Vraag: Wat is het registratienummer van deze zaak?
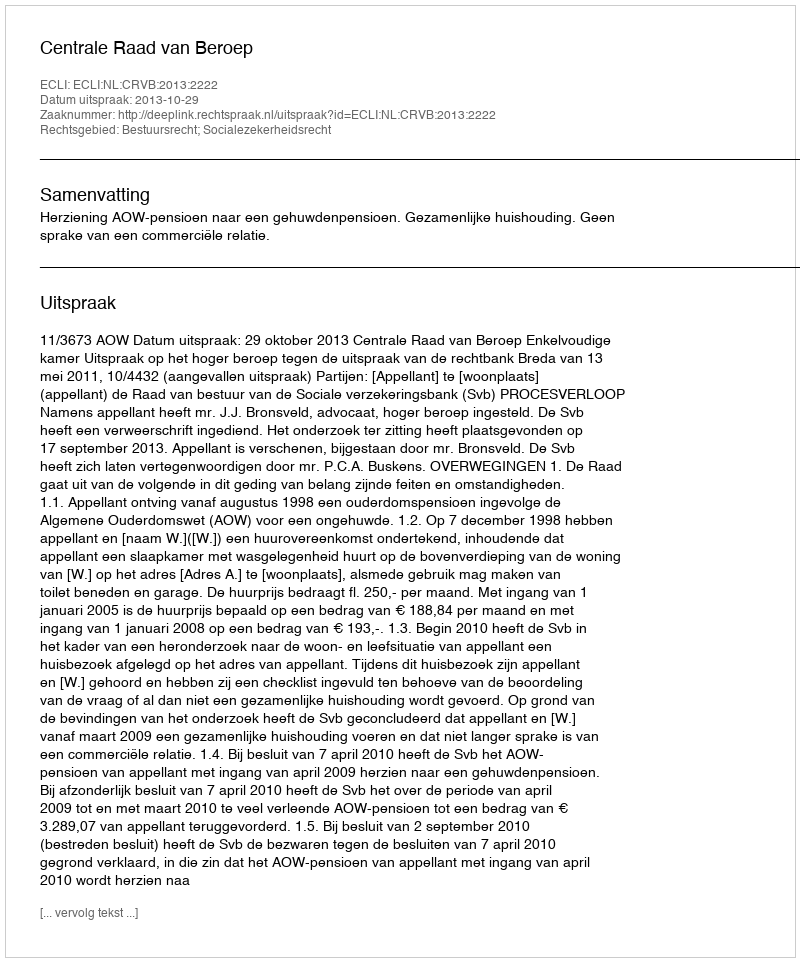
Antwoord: http://deeplink.rechtspraak.nl/uitspraak?id=ECLI:NL:CRVB:2013:2222